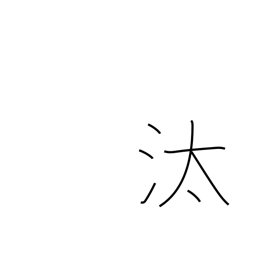
Meaning: washing